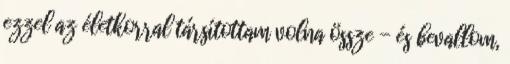
ezzel az életkorral társítottam volna össze - és bevallom,